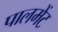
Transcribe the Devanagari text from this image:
पालमेंट